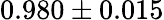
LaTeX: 0.980\pm 0.015